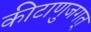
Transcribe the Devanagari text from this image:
कीटाणुजगत्